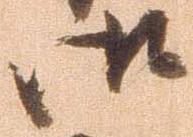
御